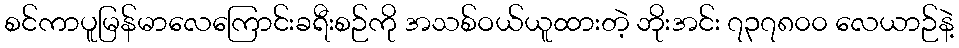
စင်ကာပူမြန်မာလေကြောင်းခရီးစဉ်ကို အသစ်ဝယ်ယူထားတဲ့ ဘိုးအင်း ၇၃၇၈၀၀ လေယာဉ်နဲ့